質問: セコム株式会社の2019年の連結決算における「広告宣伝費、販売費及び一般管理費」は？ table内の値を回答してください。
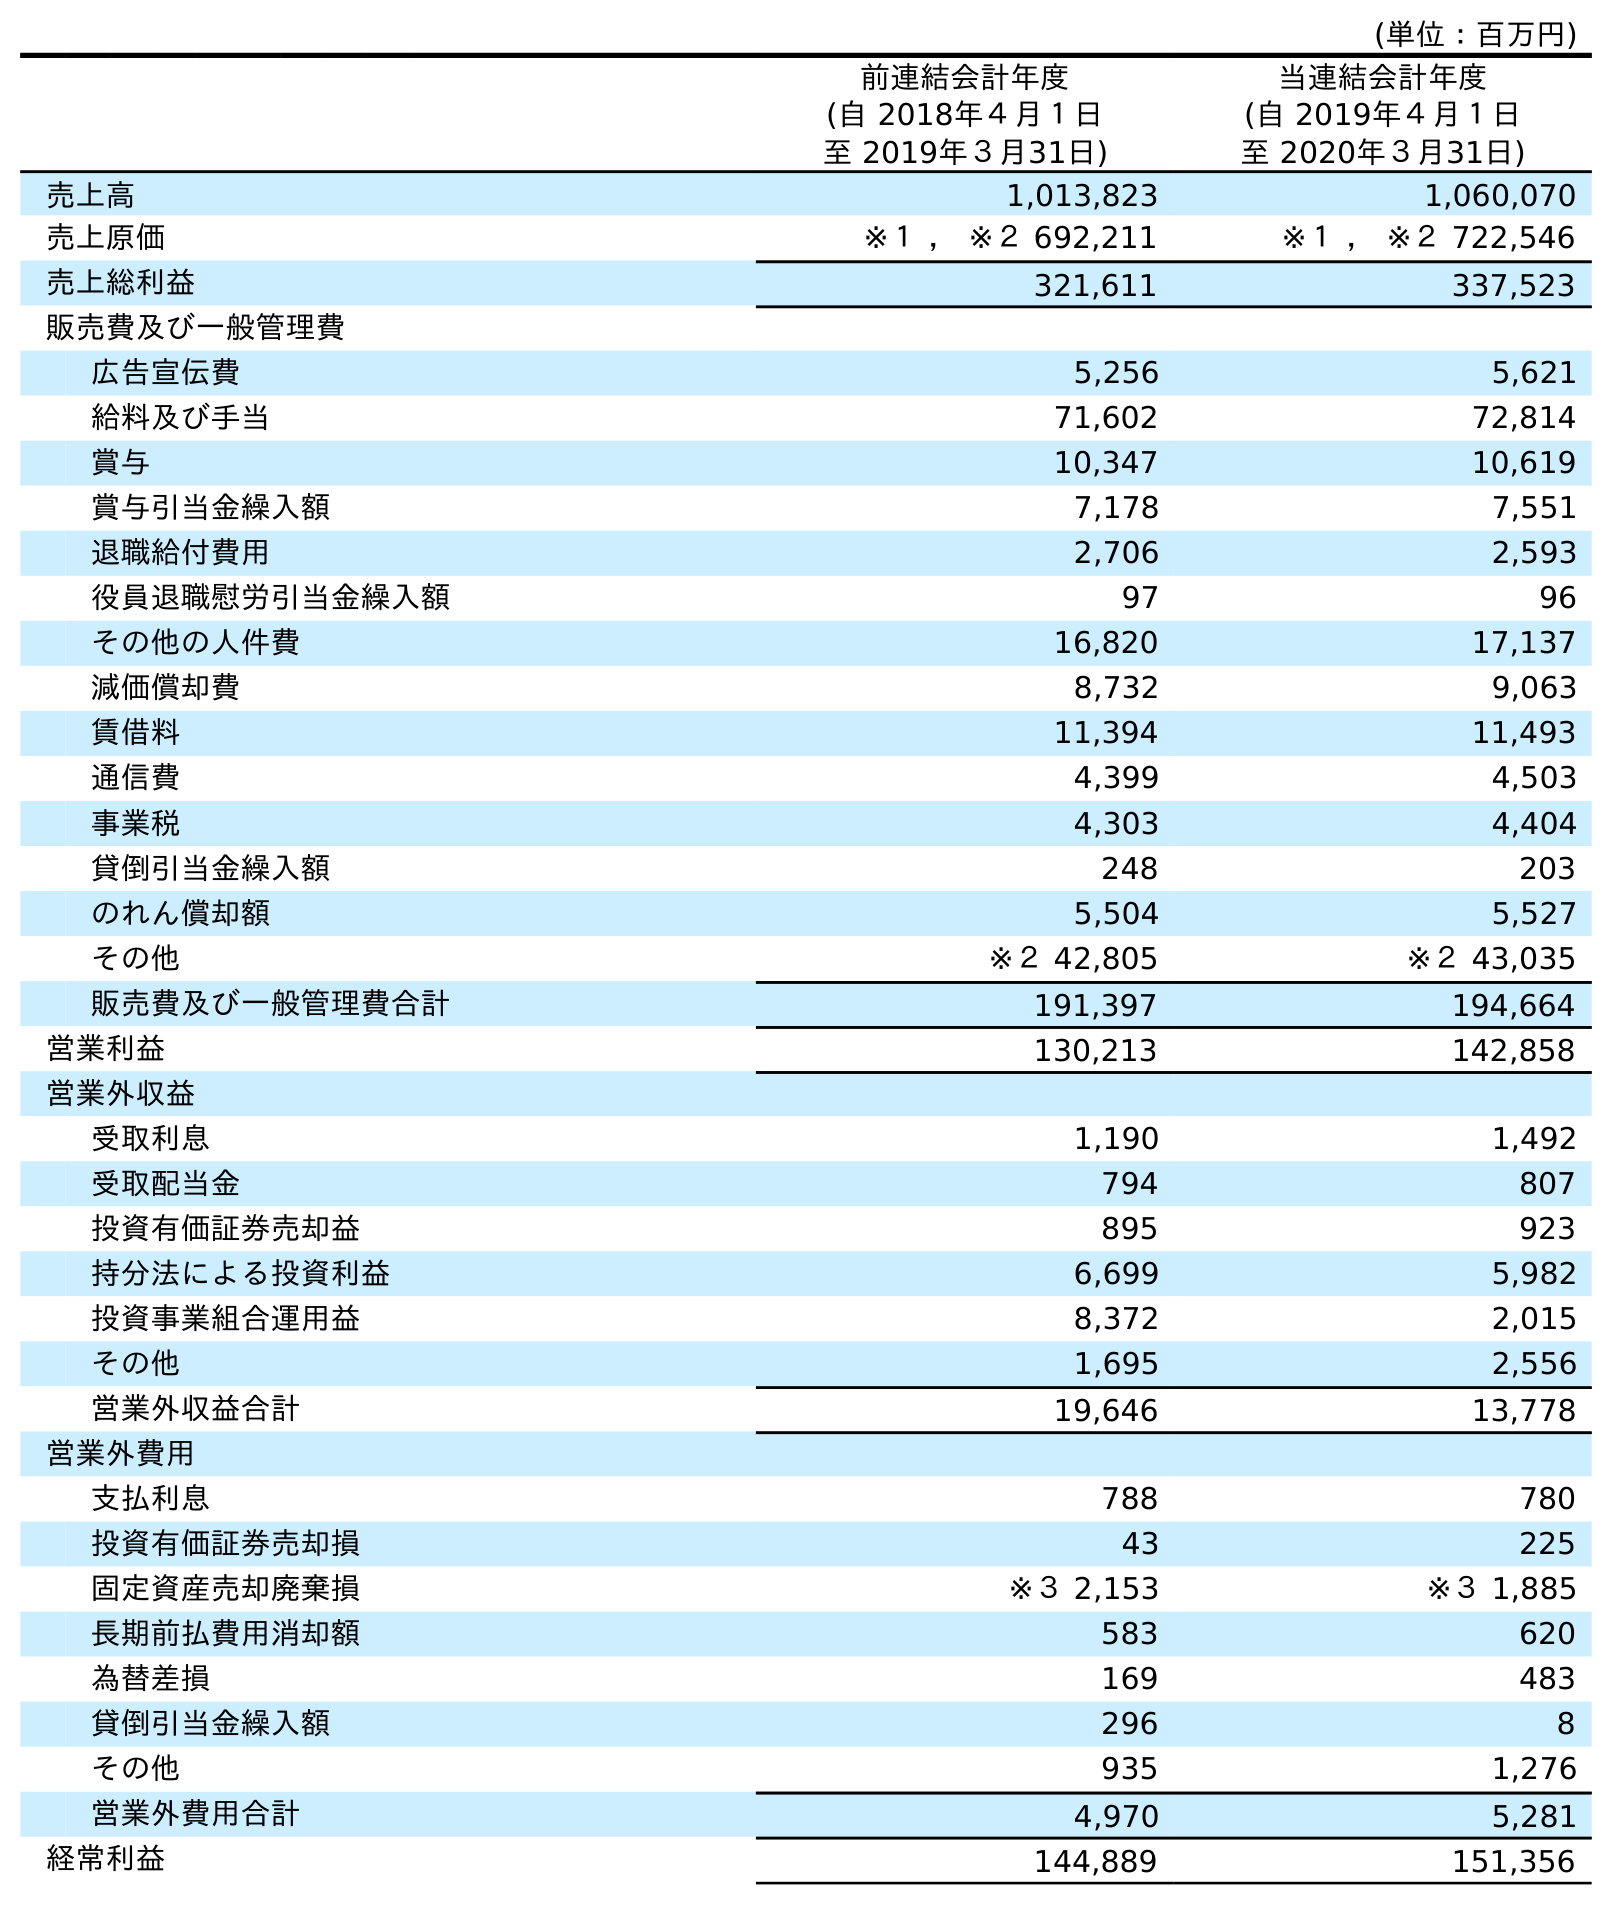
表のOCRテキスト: (単位：百万円) 前連結会計年度 (自 2018年４月１日 至 2019年３月31日) 当連結会計年度 (自 2019年４月１日 至 2020年３月31日) 売上高 1,013,823 1,060,070 売上原価 ※１ ， ※２ 692,211 ※１ ， ※２ 722,546 売上総利益 321,611 337,523 販売費及び一般管理費 広告宣伝費 5,256 5,621 給料及び手当 71,602 72,814 賞与 10,347 10,619 賞与引当金繰入額 7,178 7,551 退職給付費用 2,706 2,593 役員退職慰労引当金繰入額 97 96 その他の人件費 16,820 17,137 減価償却費 8,732 9,063 賃借料 11,394 11,493 通信費 4,399 4,503 事業税 4,303 4,404 貸倒引当金繰入額 248 203 のれん償却額 5,504 5,527 その他 ※２ 42,805 ※２ 43,035 販売費及び一般管理費合計 191,397 194,664 営業利益 130,213 142,858 営業外収益 受取利息 1,190 1,492 受取配当金 794 807 投資有価証券売却益 895 923 持分法による投資利益 6,699 5,982 投資事業組合運用益 8,372 2,015 その他 1,695 2,556 営業外収益合計 19,646 13,778 営業外費用 支払利息 788 780 投資有価証券売却損 43 225 固定資産売却廃棄損 ※３ 2,153 ※３ 1,885 長期前払費用消却額 583 620 為替差損 169 483 貸倒引当金繰入額 296 8 その他 935 1,276 営業外費用合計 4,970 5,281 経常利益 144,889 151,356
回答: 5,256